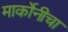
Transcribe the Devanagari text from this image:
मार्कोनीचा